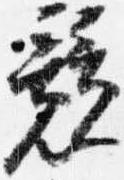
競